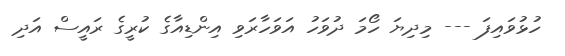
ހުޅުވައިފަ --- މިދިޔަ ހޯމަ ދުވަހު އަވަހާރަވި އިންޑިއާގެ ކުރީގެ ރައީސް އަދި